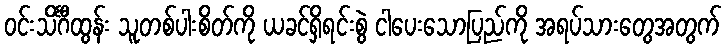
ဝင်းသိင်္ဂီထွန်း သူတစ်ပါးစိတ်ကို ယခင်ရှိရင်းစွဲ ငါပေးသောပြည်ကို အရပ်သားတွေအတွက်